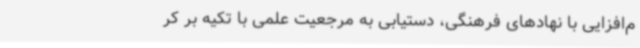
م‌افزایی با نهادهای فرهنگی، دستیابی به مرجعیت علمی با تکیه‌ بر کر